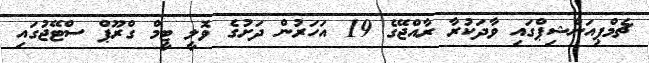
ޗެމްޕިއަންޝިޕްގައި ވާދަކުރާ ރާއްޖޭގެ 19 އަހަރުން ދަށުގެ ވޮލީ ޓީމް ގްރޫޕް ސްޓޭޖުގައި